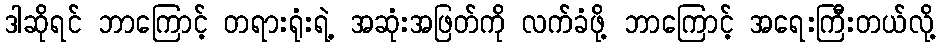
ဒါဆိုရင် ဘာကြောင့် တရားရုံးရဲ့ အဆုံးအဖြတ်ကို လက်ခံဖို့ ဘာကြောင့် အရေးကြီးတယ်လို့